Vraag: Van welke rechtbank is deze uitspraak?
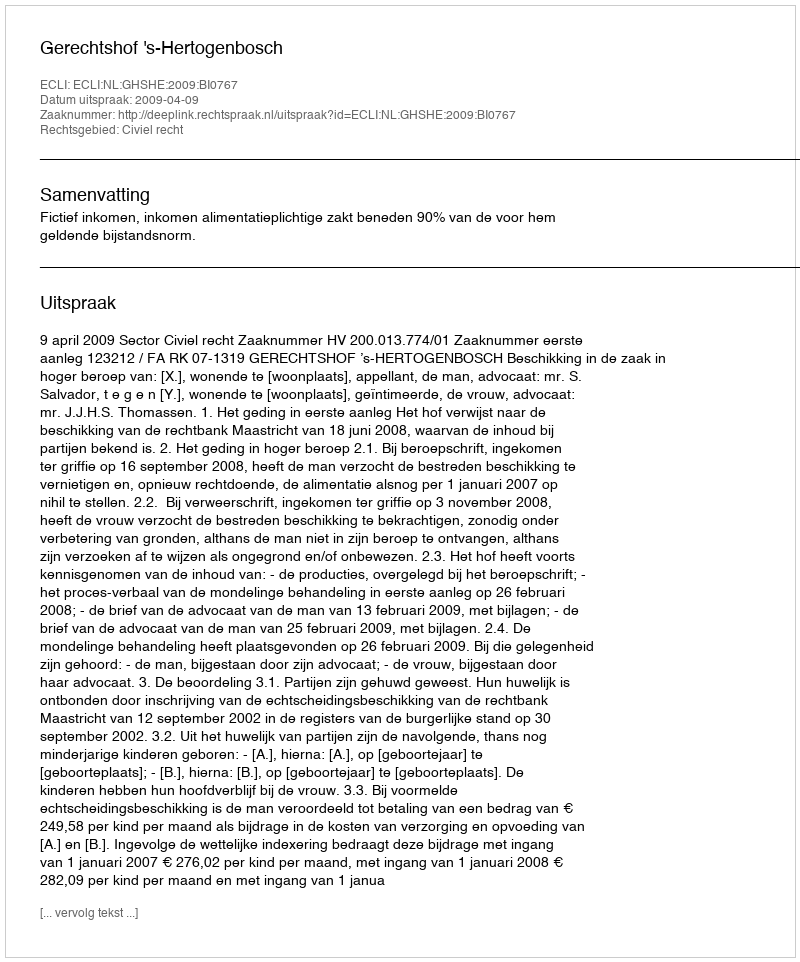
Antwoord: Gerechtshof 's-Hertogenbosch